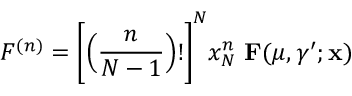
F ^ { ( n ) } = \Bigg [ \Big ( \frac { n } { N - 1 } \Big ) ! \Bigg ] ^ { N } x _ { N } ^ { n } \, \, { \bf F } ( \mu , \gamma ^ { \prime } ; { \bf x } )